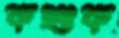
কশুক